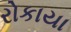
રોકાયા